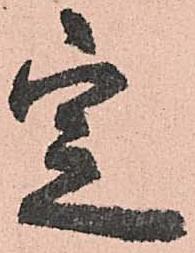
定